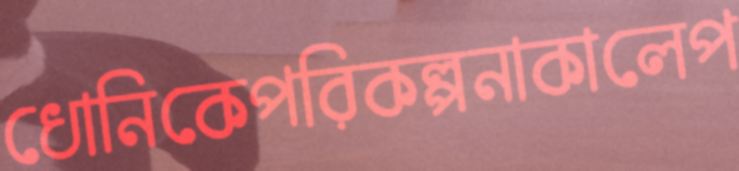
ধোনিকেপরিকল্পনাকালেপ